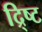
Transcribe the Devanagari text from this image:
द्र्ष्टि